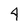
Character: 4